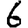
Digit: 6